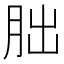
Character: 胐